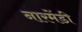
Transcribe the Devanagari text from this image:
नारमेंडी